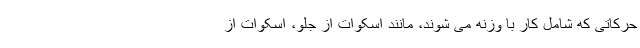
حرکاتی که شامل کار با وزنه می شوند، مانند اسکوات از جلو، اسکوات از